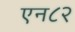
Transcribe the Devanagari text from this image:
एन८२